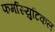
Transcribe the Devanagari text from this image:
फर्मास्युटिकल